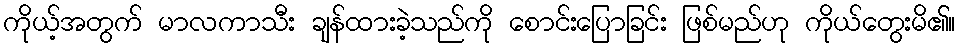
ကိုယ့်အတွက် မာလကာသီး ချန်ထားခဲ့သည်ကို စောင်းပြောခြင်း ဖြစ်မည်ဟု ကိုယ်တွေးမိ၏။